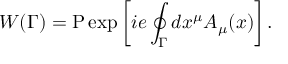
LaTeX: W ( \Gamma ) = \mathrm { P } \exp \left[ i e \oint _ { \Gamma } d x ^ { \mu } A _ { \mu } ( x ) \right] .